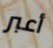
أعبر